Indian journal of veterinary science and animal husbandry - Volumes 22-23, 1952-1953
Year: 1952
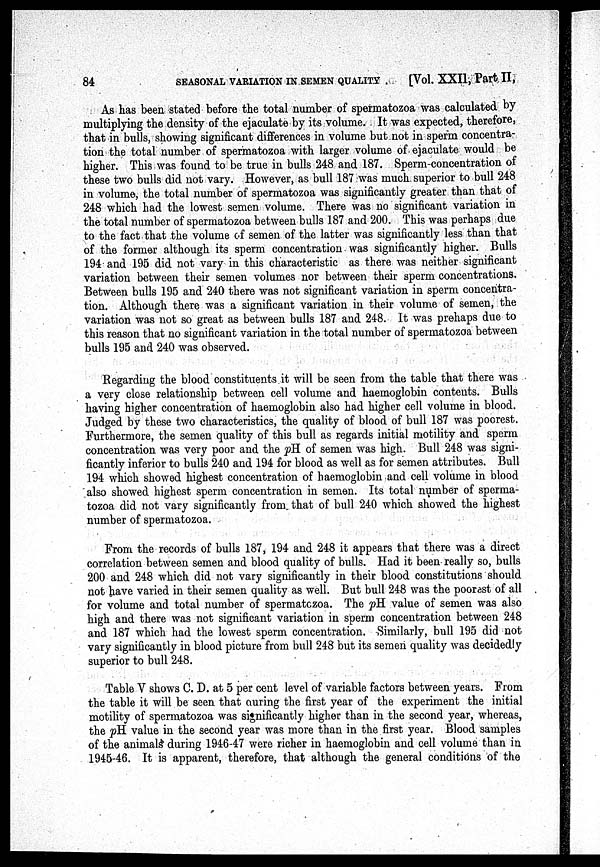
84
SEASONAL VARIATION IN SEMEN QUALITY
[Vol. XXII, Part II,
As has been stated before the total number of spermatozoa was calculated by
multiplying the density of the ejaculate by its volume. It was expected, therefore,
that in bulls, showing significant differences in volume but not in sperm concentra-
tion the total number of spermatozoa with larger volume of ejaculate would be
higher. This was found to be true in bulls 248 and 187. Sperm-concentration of
these two bulls did not vary. However, as bull 187 was much superior to bull 248
in volume, the total number of spermatozoa was significantly greater than that of
248 which had the lowest semen volume. There was no significant variation in
the total number of spermatozoa between bulls 187 and 200. This was perhaps due
to the fact that the volume of semen of the latter was significantly less than that
of the former although its sperm concentration was significantly higher. Bulls
194 and 195 did not vary in this characteristic as there was neither significant
variation between their semen volumes nor between their sperm concentrations.
Between bulls 195 and 240 there was not significant variation in sperm concentra-
tion. Although there was a significant variation in their volume of semen, the
variation was not so great as between bulls 187 and 248. It was prehaps due to
this reason that no significant variation in the total number of spermatozoa between
bulls 195 and 240 was observed.
Regarding the blood constituents it will be seen from the table that there was
a very close relationship between cell volume and haemoglobin contents. Bulls
having higher concentration of haemoglobin also had higher cell volume in blood.
Judged by these two characteristics, the quality of blood of bull 187 was poorest.
Furthermore, the semen quality of this bull as regards initial motility and sperm
concentration was very poor and the pH of semen was high. Bull 248 was signi-
ficantly inferior to bulls 240 and 194 for blood as well as for semen attributes. Bull
194 which showed highest concentration of haemoglobin and cell volume in blood
also showed highest sperm concentration in semen. Its total number of sperma-
tozoa did not vary significantly from that of bull 240 which showed the highest
number of spermatozoa.
From the records of bulls 187, 194 and 248 it appears that there was a direct
correlation between semen and blood quality of bulls. Had it been really so, bulls
200 and 248 which did not vary significantly in their blood constitutions should
not have varied in their semen quality as well. But bull 248 was the poorest of all
for volume and total number of spermatczoa. The pH value of semen was also
high and there was not significant variation in sperm concentration between 248
and 187 which had the lowest sperm concentration. Similarly, bull 195 did not
vary significantly in blood picture from bull 248 but its semen quality was decidedly
superior to bull 248.
Table V shows C. D. at 5 per cent level of variable factors between years. From
the table it will be seen that during the first year of the experiment the initial
motility of spermatozoa was significantly higher than in the second year, whereas,
the pH value in the second year was more than in the first year. Blood samples
of the animals during 1946-47 were richer in haemoglobin and cell volume than in
1945-46. It is apparent, therefore, that although the general conditions of the